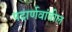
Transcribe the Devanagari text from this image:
पदार्णवांतील